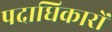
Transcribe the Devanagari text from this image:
पदाधिकारों